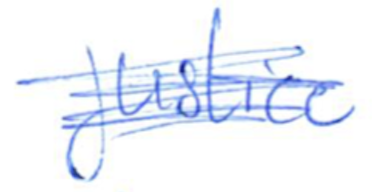
Text: justice
Cross-out: scratch
Writing tool: ballpoint